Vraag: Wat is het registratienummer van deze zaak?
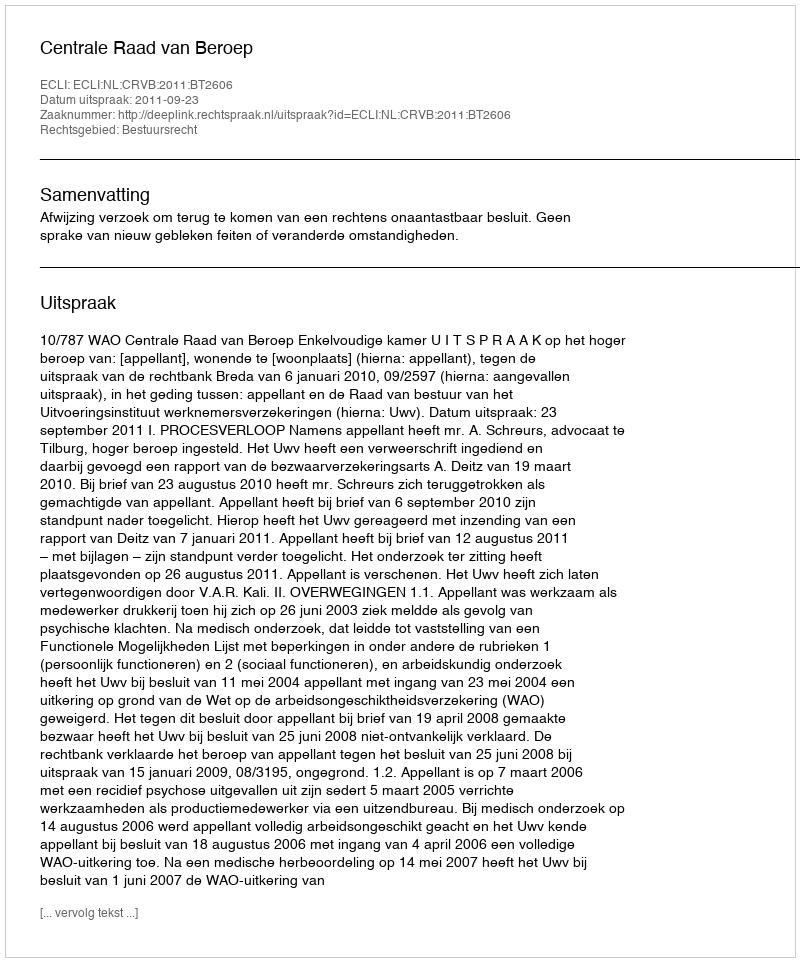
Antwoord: http://deeplink.rechtspraak.nl/uitspraak?id=ECLI:NL:CRVB:2011:BT2606